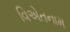
વિએતનામ